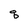
Character: q